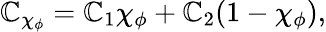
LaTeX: \mathbb{C}_{\chi_{\phi}}=\mathbb{C}_{1}\chi_{\phi}+\mathbb{C}_{2}(1-\chi_{\phi}),